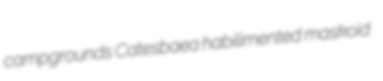
campgrounds Catesbaea habilimented maskoid